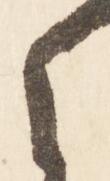
之